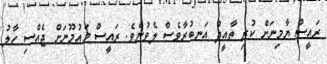
ރައީސް ޔާމިނަށް ކުރި ތާއީދު އަނބުރާވެސް ލެވުނެވެ. ރައީސް މައުމޫނަށް ޖެއްސި ހާލު